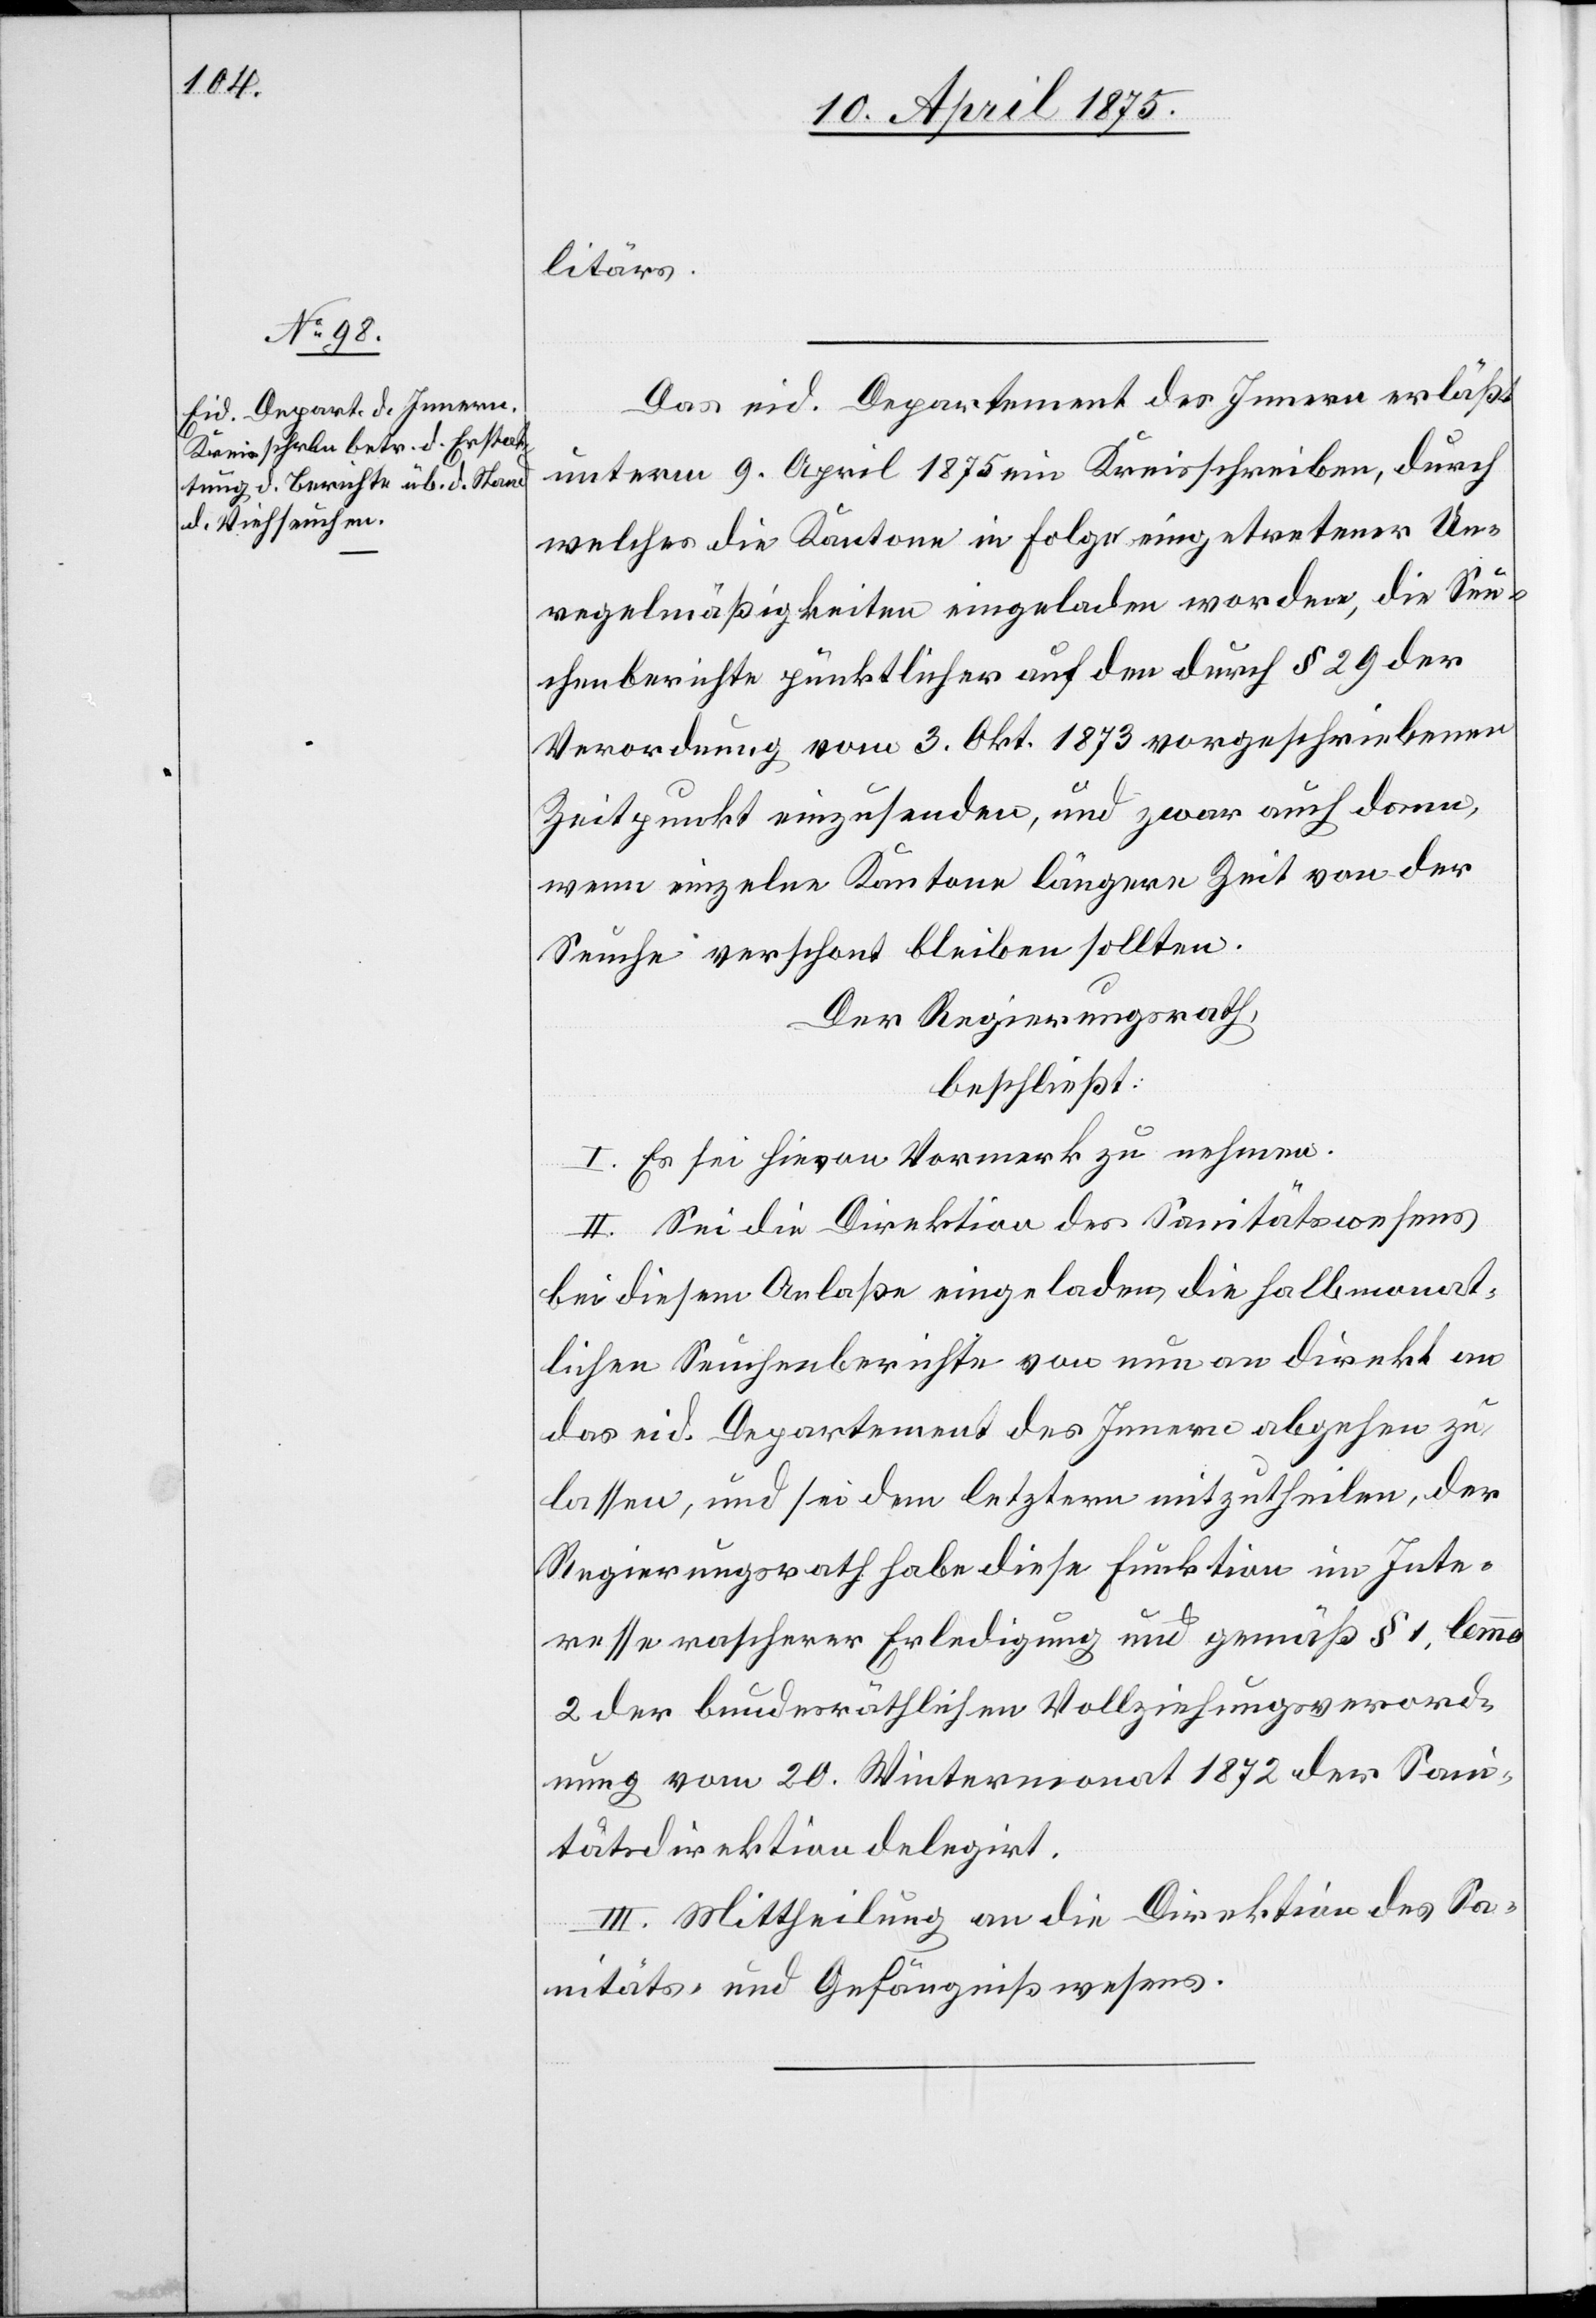
litärs.
Das eid. Departement des Innern erläßt
unterm 9. April 1875 ein Kreisschreiben, durch
welches die Kantone in Folge eingetretener Un¬
regelmäßigkeiten eingeladen worden, die Seu¬
chenberichte pünktlicher auf den durch § 29 der
Verordnung vom 3. Okt. 1873 vorgeschriebenen
Zeitpunkt einzusenden, und zwar auch dann,
wenn einzelne Kantone längere Zeit von der
Seuche verschont bleiben sollten.
Der Regierungsrath,
beschließt:
I. Es sei hievon Vormerk zu nehmen.
II. Sei die Direktion des Sanitätswesens
bei diesem Anlaße eingeladen, die halbmonat¬
lichen Seuchenberichte von nun an direkt an
das eid. Departement des Innern abgehen zu¬
lassen, und sei dem letztern mitzutheilen, der
Regierungsrath habe diese Funktion im Inte¬
resse rascherer Erledigung und gemäß § 1. lemma
2 der bundesräthlichen Vollziehungsverord¬
nung vom 20. Wintermonat 1872 der San¬
itätsdirektion delegirt.
III. Mittheilung an die Direktion des Sa¬
nitäts- und Gefängnißwesens.